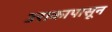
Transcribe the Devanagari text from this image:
उराकापासून